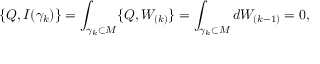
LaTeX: \{ Q , I ( \gamma _ { k } ) \} = \int _ { \gamma _ { k } \subset M } \{ Q , W _ { ( k ) } \} = \int _ { \gamma _ { k } \subset M } d W _ { ( k - 1 ) } = 0 ,